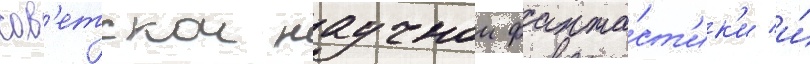
сов'етскои научнои фанта́ст'ик'и и́